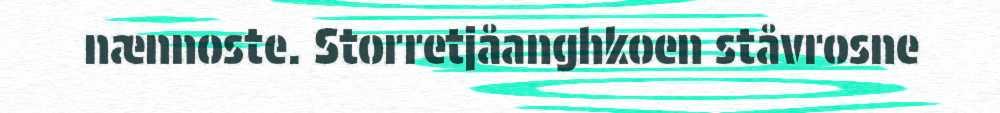
nænnoste. Storretjåanghkoen ståvrosne